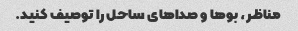
مناظر، بوها و صداهای ساحل را توصیف کنید.